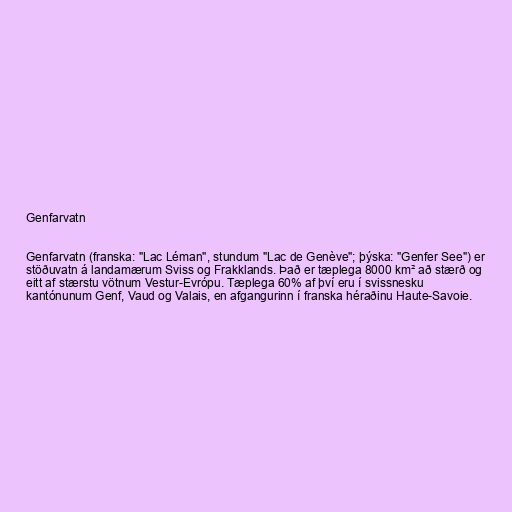
Genfarvatn

Genfarvatn (franska: "Lac Léman", stundum "Lac de Genève"; þýska: "Genfer See") er
stöðuvatn á landamærum Sviss og Frakklands. Það er tæplega 8000 km² að stærð og
eitt af stærstu vötnum Vestur-Evrópu. Tæplega 60% af því eru í svissnesku
kantónunum Genf, Vaud og Valais, en afgangurinn í franska héraðinu Haute-Savoie.